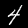
Digit: 4